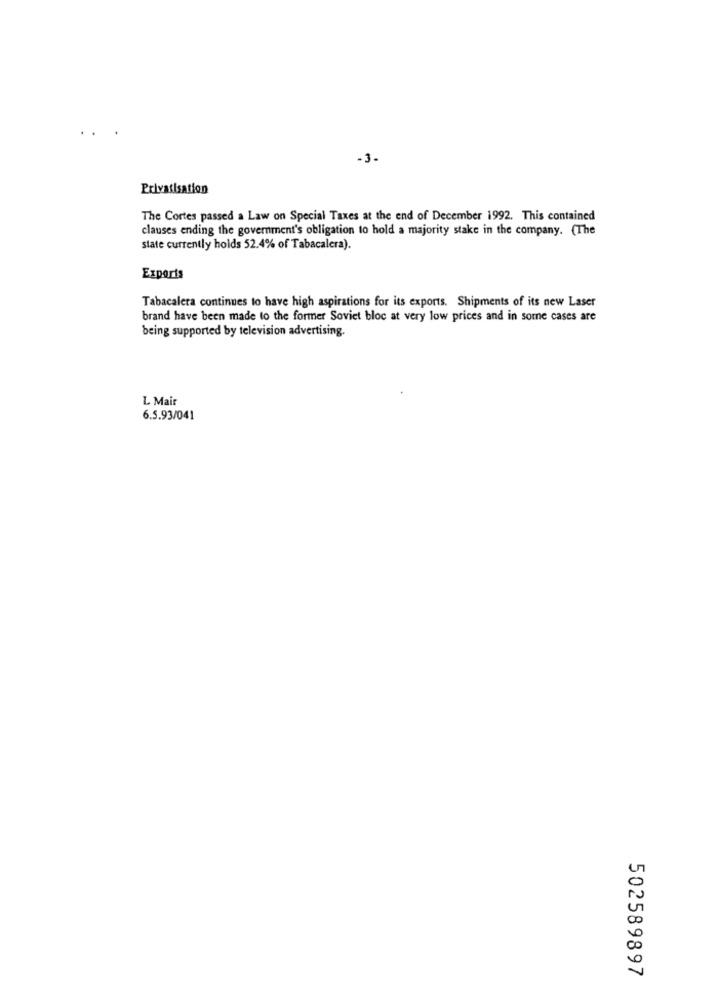
-3.
Privatisation
The Cortes passed a Law on Special Taxes at the end of December 1992. This contained
clauses ending the government's obligation to hold a majority stake in the company. (The
state currently holds 52.4% of Tabacalera).
Exports
Tabacalera continues to have high aspirations for its exports. Shipments of its new Laser
brand have been made to the former Soviet bloc at very low prices and in some cases are
being supported by television advertising.
L. Mai
6.5.93/041
502589897